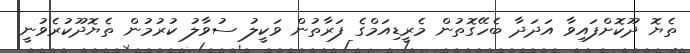
ތެޔޮ ދޫކޮށްފައިވާ އަދަދާ ބެހޭގޮތުން މެރީޑިއަމްގެ ފަރާތުން ވަކީލު ސުވާލު ކުރުމުން ތެޔޮދޫކުރެވުނީ